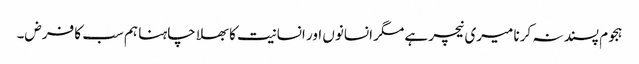
ہجوم پسند نہ کرنا میری نیچر ہے مگر انسانوں اور انسانیت کا بھلا چاہنا ہم سب کا فرض۔